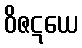
ဝိဇဋယေ